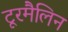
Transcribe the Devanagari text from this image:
टूरमैलिन